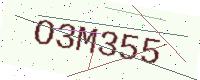
Text: O3M355